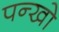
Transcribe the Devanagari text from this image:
पन्खो